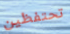
تحتفظين